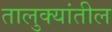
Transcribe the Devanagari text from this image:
तालुक्‍यांतील